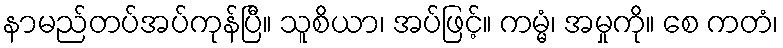
နာမည်တပ်အပ်ကုန်ပြီ။ သူစိယာ၊ အပ်ဖြင့်။ ကမ္မံ၊ အမှုကို။ စေ ကတံ၊